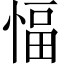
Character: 愊